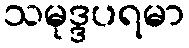
သမုဒ္ဒပရမာ